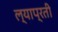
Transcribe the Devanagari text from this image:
ल्याप्रती